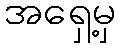
အရှေ့မှ